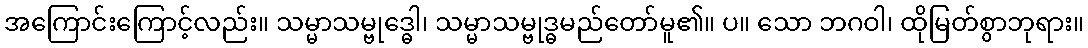
အကြောင်းကြောင့်လည်း။ သမ္မာသမ္ဗုဒ္ဓေါ၊ သမ္မာသမ္ဗုဒ္ဓမည်တော်မူ၏။ ပ။ သော ဘဂဝါ၊ ထိုမြတ်စွာဘုရား။